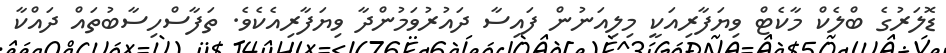
ޑޮލަރުގެ ބްލެކް މާކެޓް ވިޔަފާރިއަކީ މިލިއަނުން ފައިސާ ދައުރުވަމުންދާ ވިޔަފާރިއެކެވެ. ތަފާސްހިސާބުތައް ދައްކާ